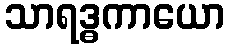
သာရဒ္ဓကာယော